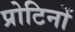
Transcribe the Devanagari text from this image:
प्रोटिनों